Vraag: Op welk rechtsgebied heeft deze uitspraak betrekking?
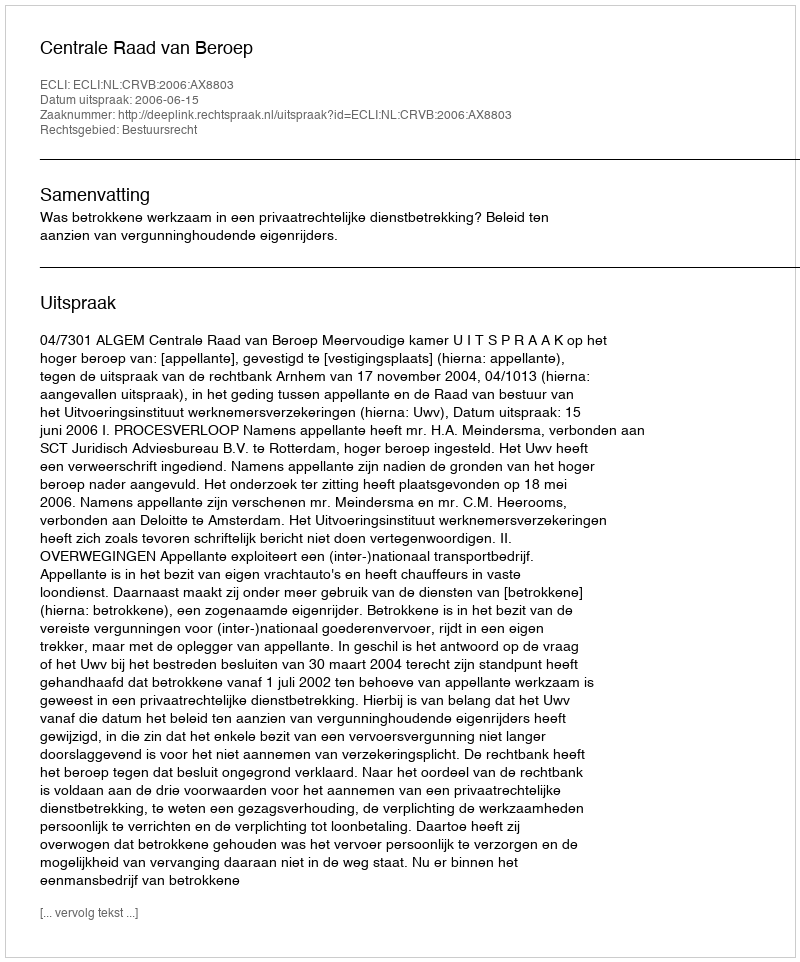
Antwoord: Bestuursrecht